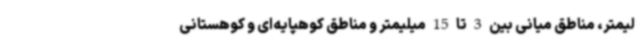
لیمتر، مناطق میانی بین 3 تا 15 میلیمتر و مناطق کوهپایه‌ای و کوهستانی